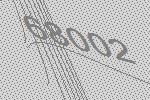
68002